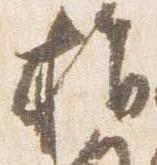
指